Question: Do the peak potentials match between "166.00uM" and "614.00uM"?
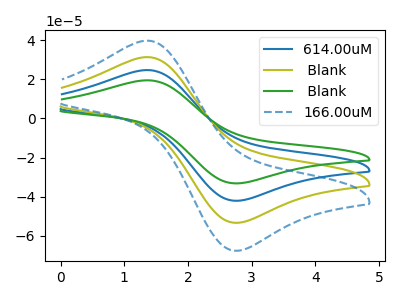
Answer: <think>The blue curve "614.00uM" has an anodic peak at (1.35V, 62.85uA) and a cathodic peak at (2.80V, -106.80uA). The olive curve " Blank" has an anodic peak at (1.35V, 31.40uA) and a cathodic peak at (2.80V, -53.40uA). The green curve " Blank" has an anodic peak at (1.35V, 94.25uA) and a cathodic peak at (2.80V, -160.20uA). The blue dashed curve "166.00uM" has an anodic peak at (1.35V, 39.85uA) and a cathodic peak at (2.80V, -67.70uA).</think>
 <answer>Yes, "166.00uM" have a peak in "614.00uM" at the same potential.</answer>
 <eval>match</eval>